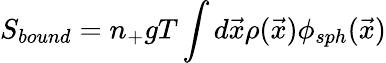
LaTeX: S_{bound}=n_{+}gT\int d{\vec{x}}\rho({\vec{x}})\phi_{sph}({\vec{x}})